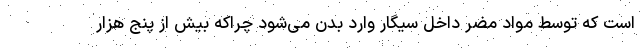
است که توسط مواد مضر داخل سیگار وارد بدن می‌شود چراکه بیش از پنج هزار